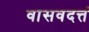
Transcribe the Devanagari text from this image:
वासवदत्तं